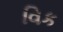
વિક